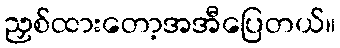
ညှစ်ထားတော့အအီပြေတယ်။